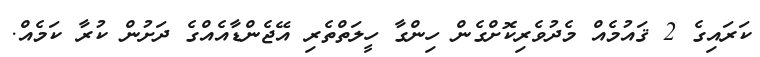
ކަރައިގެ 2 ޤައުމެއް މެދުވެރިކޮށްގެން ހިންގާ ހީލަތްތެރި އޭޖެންޑާއެއްގެ ދަށުން ކުރާ ކަމެއް.